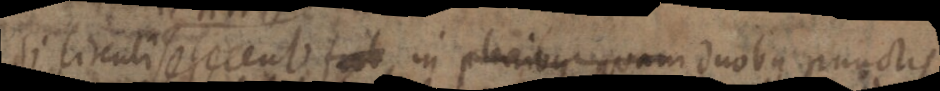
si circuli se secent t ab, in placibus quam duobus punctis